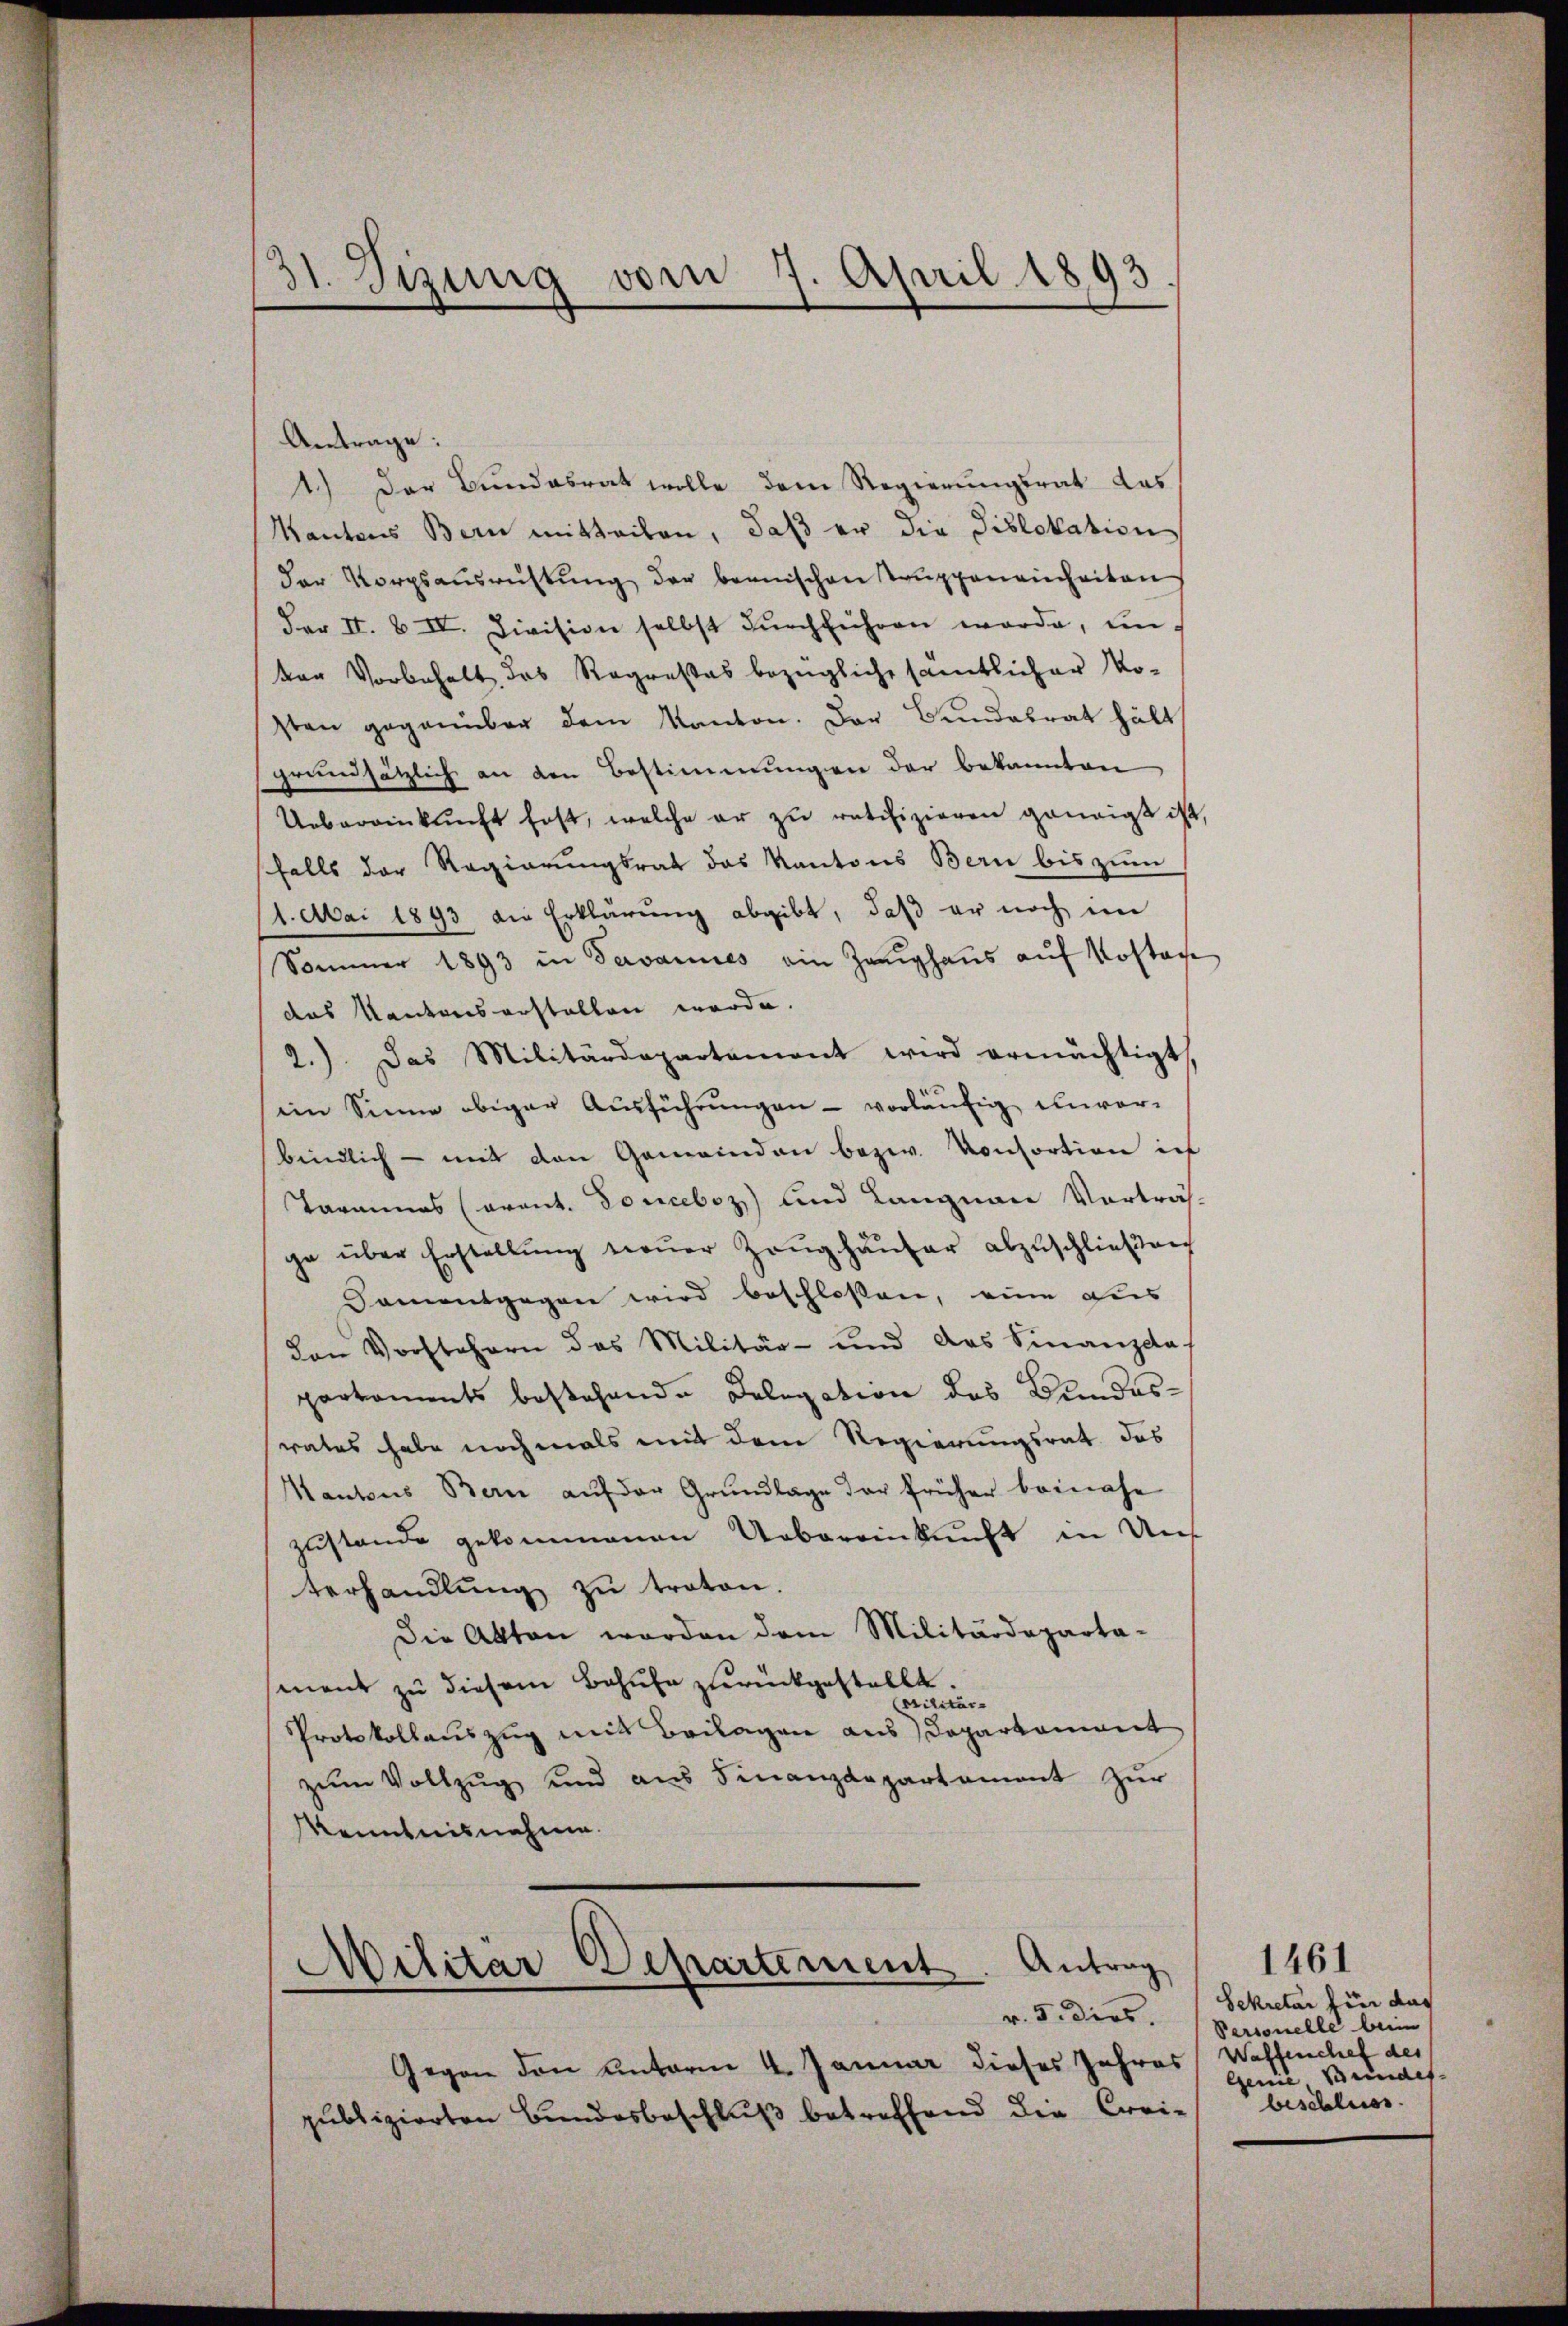
Antrage:
1.) Der Bundesrat wolle dem Regierungsrat das
Kantons Bern mitteilen, daß er die Pislokation
Der Korpsaŭsrichtŭng der beanischen Truppeneinheiten
dar II. & IV. Division selbst dŭrchführen werde, un
der Vorbehalt, das Rogresses bezügliche sämtlicher Mo-
sten gegenüber dem Kanton. Der Bundatrat hätt
grundsätzlich an den Bestimmungen der bekannten
Uebereinkunft fest, welche er zu ratifizieren geneigt ist,
falls der Regierungsrat das Kantons Bern bis zum
1. Mai 1893 die Erklärung abgibt, daß er noch im
Sommer 1893 in Savannes ein Zeŭghaŭs aŭf Kostag
das Kantons erstellen werde.
2.) Das Militärdepartement wird ermächtigt
im Sinne obiger Ausführungen - vorläufig unvor-
bindlich - mit den Gemeinden bezw. Konsortion in
Tarmines Cavant. Douceboz) und Langnaue Vorträg-
ge über Erstellŭng neŭer Zeŭghaŭser abzŭschlieβen
Samentgegen wird beschlossen, eine aus
den Vorstehern das Militär- und des Finanzda
parkoments bestehende Delegation des Bundesrates habe nochmals mit dem Regierungsrat des
Mantons Bern aŭf der Grŭndlage der früher beinahe
zustande gekommenen Uebereinkunft in Unf
terhandlŭng zŭ treten.
Die Akten werden dem Militärdeparta-
ment zu diesem Behufe zurückgestellt.
Militär-
Protokollauszug mit Beilagen aus Departament
zŭm Vollzug und aus Finanzdepartament zur
Kenntnisnahme.
Militar Departement. Antrag
Gegen den Unterm 4. Januar dieses Jahres Waffenchef der
publizierten Bundesbeschluß betreffend die Crei-

31. Vizung vom 7. April 1893

1461
Sekretar für das
v. 5. dies. Personelle beim
Genie Bundes.
beschluss.